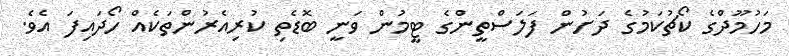
މަހުމޫދްގެ ކޯޗުކަމުގެ ދަށުން ފަލަސްތީންގެ ޓީމުން ވަނީ ބޮޑެތި ކުރިއެރުންތަކެއް ހޯދައިފަ އެވެ.